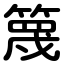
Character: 篾